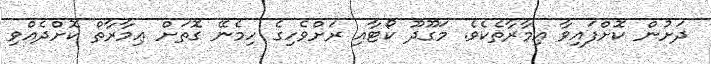
ދަށުން ކޮށްފައިވާ ޢިމާރާތެކެވެ. މަގޫދޫ ކޯޓާއި ރަށްވެހިގެ ހިމެނޭ ގޮތަށް ޢިމާރާތް ކޮށްދެއްވި